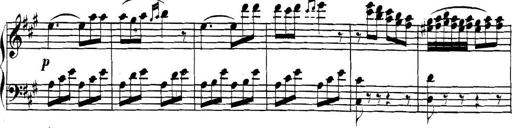
Title: Collected Piano Sonatas
Composer: Muzio Clementi